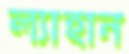
ল্যাহান